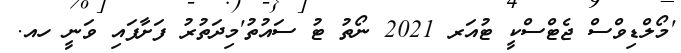
'މޯލްޑިވްސް ޖެޓްސްކީ ޓުއަރ 2021 ނޯތު ޓު ސައުތު'މިދަތުރު ފަށާފައި ވަނީ ހއ.